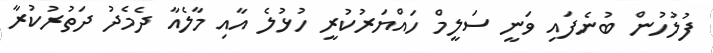
ފުލުހުން ބުނެފައި ވަނީ ސަލީމް ހައްޔަރުކުރީ ހުޅުލެ އާއި މާލެއާ ދެމެދު ދަތުރުކުރާ